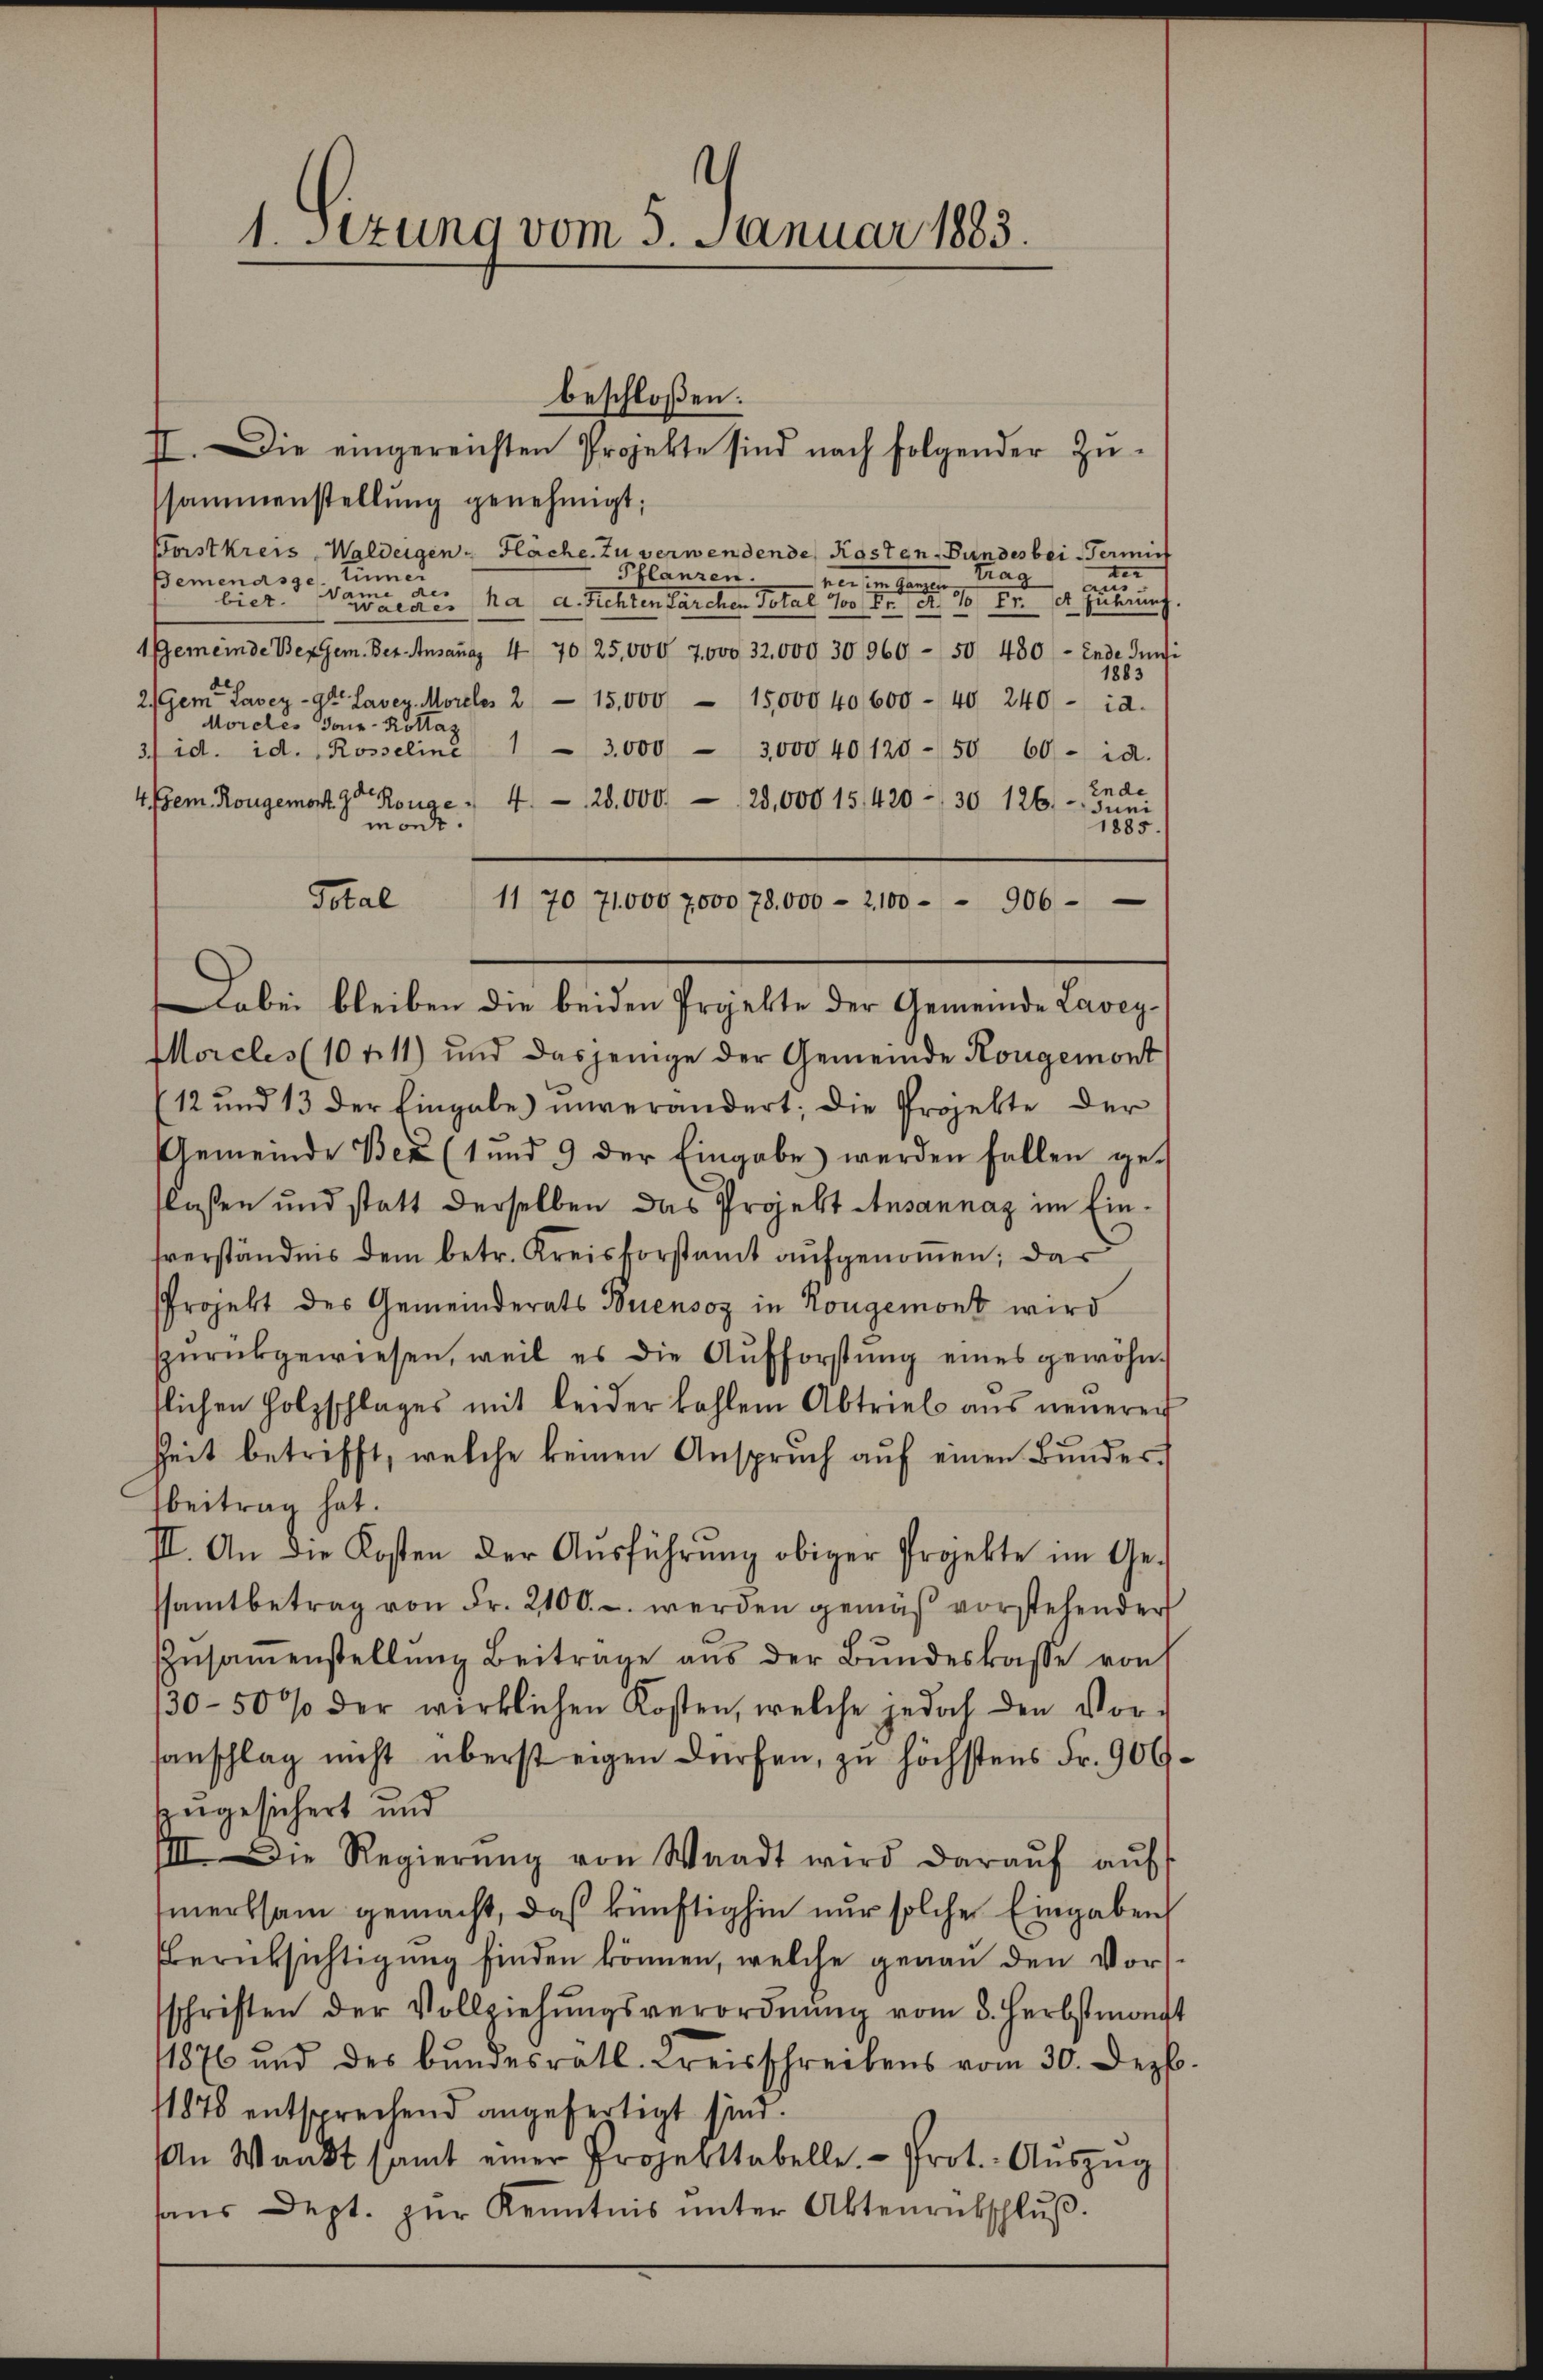
1. Sezung vom 5. Januar 1883.

ssammenstellung genehmigt;
Forstkreis, Waldeigen Fläche. Zu verwendende Kosten Bundes bei Termitt
ter
Trag
Pflanzen.
Bemenasse. Einner
nen
i
mme
bier.
Gardes ha d. Rechten Parcher Total 100              10 Fr. et Euhrung
1Gemeinde Bergem. Der Ansana 4 7025,000 7000 32,000 30960 - 50 480 - Ende Juni
1883
2/Gem Lavez-Str. Laver Morelos 2 15,000 - 15,000 40,600 - 40 240 - id.
Morcles Jour-Kottaz
3/ id. id. Rosseline 1 3.000 - 3,000 40120-50 60- id.
4 dem Rougemort. 9 Ronge" 4. 28,000. 25,000 151420 - 30 126. Ende
mont.
n
Total
11 70 71000 7000 78,000 - 2,100 - - 906
Morcles (10 11) und dasjenige der Gemeinde Kongemont
12 und 13 der Eingabe) unverändert; die Projekte der
Gemeinde Ber (1 und 9 der Eingabe) werden fallen gelassen und statt derselben das Projekt Ausannaz im Eintverständnis dem betr. Kreisforstamt aufgenommen; das
Projekt des Gemeinderats Buensoz in Kongemont wird
spŭrükgewiesen, weil es die Aufforstŭng eines gewöhn-
tlichen Holzschlages mit leider kahlen Abtrieb ans neuerei
Zeit betrifft, welche keinen Anspruch aŭf einen Bunderbeitrag hat.
III. An die Kosten der Ausführung obiger Projekte im Gesamtbetrag von Fr. 2100. c. werden gemäß vorstehender
Zŭsaṁenstellŭng Beitrage aus der Bŭndeskasse von
130-50 % der wirklichen Kosten, welche jedoch den Vor-
sanschlag nicht überst eigen dürfen, zu höchstens Fr. 906.
zugesichert und
IIII. Die Regierŭng von Waadt wird daraŭf aŭf
merksam gemacht, daß künftighin nur solche Eingaben
Berüksichtigung finden können, welche gegan den Vorsschriften der Vollziehŭngsverordnŭng vom 8. Herbstmongt
11876 und des Bundesrath. Kreisschreibens vom 30. Dezb
11878 entsprechend angefertigt sind.
n Wankt samt einer Projekttabelle. Prot. Aŭszŭg
haŭs Dept. zŭr Kenntnis ŭnter Aktenrütschlŭβ.

beschloßen:
II. Die eingereichten Projekte sind nach folgender Zŭ-

Dabei bleiben die beiden Projekte der Gemeinde Lavey¬

3